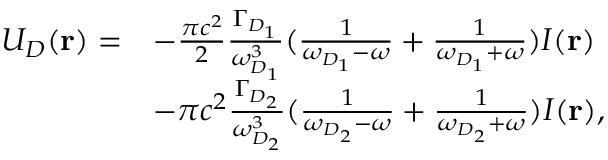
\begin{array} { r l } { U _ { D } ( \mathbf { r } ) = } & { - \frac { \pi c ^ { 2 } } { 2 } \frac { \Gamma _ { D _ { 1 } } } { \omega _ { D _ { 1 } } ^ { 3 } } ( \frac { 1 } { \omega _ { D _ { 1 } } - \omega } + \frac { 1 } { \omega _ { D _ { 1 } } + \omega } ) I ( \mathbf { r } ) } \\ & { - \pi c ^ { 2 } \frac { \Gamma _ { D _ { 2 } } } { \omega _ { D _ { 2 } } ^ { 3 } } ( \frac { 1 } { \omega _ { D _ { 2 } } - \omega } + \frac { 1 } { \omega _ { D _ { 2 } } + \omega } ) I ( \mathbf { r } ) , } \end{array}